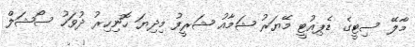
މާލޭ ސިޓީގެ ޑެޕިއުޓީ މޭޔަރު ޝަމާއު ޝަރީފު މިދިޔަ ހޮނިހިރު ދުވަހު ސޯޝަލް